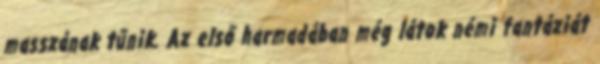
masszának tűnik. Az első harmadában még látok némi fantáziát